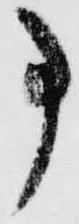
事